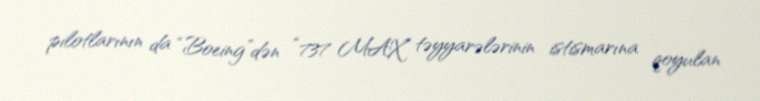
pilotlarının da “Boeing”dən “737 MAX” təyyarələrinin istismarına qoyulan